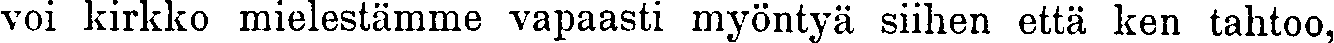
voi kirkko mielestämme vapaasti myöntyä siihen että ken tahtoo,